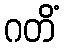
ဂတိံ